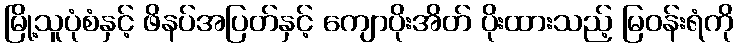
မြို့သူပုံစံနှင့် ဖိနပ်အပြတ်နှင့် ကျောပိုးအိတ် ပိုးထားသည့် မြဝန်းရံကို